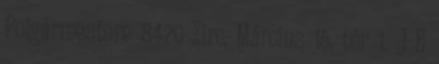
Polgármestere 8420 Zirc, Március 15. tér 1. J E